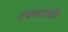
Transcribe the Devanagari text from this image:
उक्ब्याची